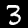
Digit: 3